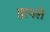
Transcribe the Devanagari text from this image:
हापसे